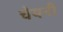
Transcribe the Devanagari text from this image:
चेयनी